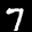
Label: 7